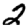
Digit: 2